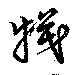
犠